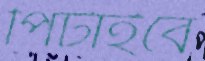
পিটাইবে